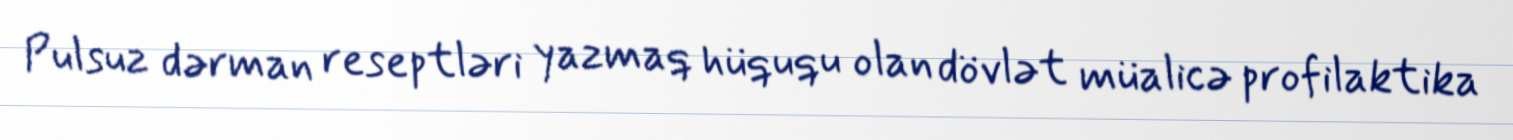
Pulsuz dərman reseptləri yazmaq hüququ olan dövlət müalicə profilaktika